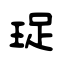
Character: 珿